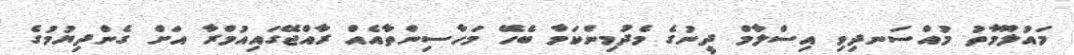
މައުލޫމާތު މުއްސަނދިވި އިސްލާމް ދީނުގެ މެދުމިންކަމާ ބެހޭ މަހާސިންތާއެއް ރާއްޖޭގައިއުމްރާ އަށް ގެންދިޔުމުގެ